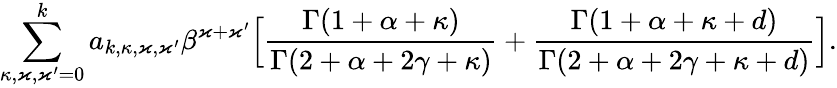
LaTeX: \sum_{\kappa,\varkappa,\varkappa^{\prime}=0}^{k}a_{k,\kappa,\varkappa,\varkappa^{\prime}}\beta^{\varkappa+\varkappa^{\prime}}\Big[\frac{\Gamma(1+\alpha+\kappa)}{\Gamma(2+\alpha+2\gamma+\kappa)}+\frac{\Gamma(1+\alpha+\kappa+d)}{\Gamma(2+\alpha+2\gamma+\kappa+d)}\Big].